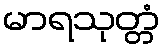
မာရသုတ္တံ